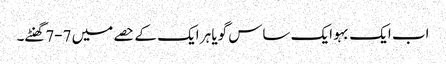
اب ایک بہو ایک ساس گویا ہر ایک کے حصے میں 7-7گھنٹے۔